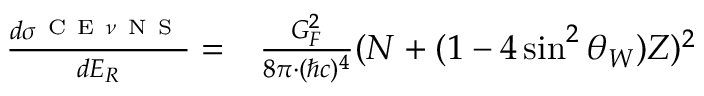
\begin{array} { r l } { \frac { d \sigma ^ { _ { \mathrm { ~ C ~ E ~ } \nu \mathrm { ~ N ~ S ~ } } } } { d E _ { R } } = } & { { } \frac { G _ { F } ^ { 2 } } { 8 \pi \cdot ( \hbar c ) ^ { 4 } } ( N + ( 1 - 4 \sin ^ { 2 } \theta _ { W } ) Z ) ^ { 2 } } \end{array}